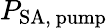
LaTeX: P_{\mathrm{SA,~pump}}